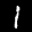
Label: 1